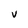
Character: v